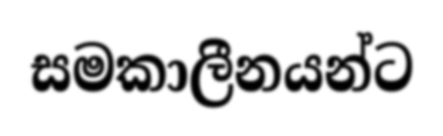
සමකාලීනයන්ට